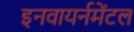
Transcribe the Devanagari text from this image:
इनवायर्नमेंटल